Problem: 38 + 8 = ?
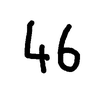
Handwritten answer: 46